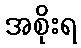
အစိုးရ